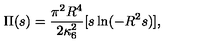
\Pi ( s ) = \frac { \pi ^ { 2 } R ^ { 4 } } { 2 \kappa _ { 6 } ^ { 2 } } [ s \ln ( - R ^ { 2 } s ) ] ,